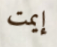
إيمت